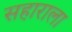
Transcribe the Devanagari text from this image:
सहाराला